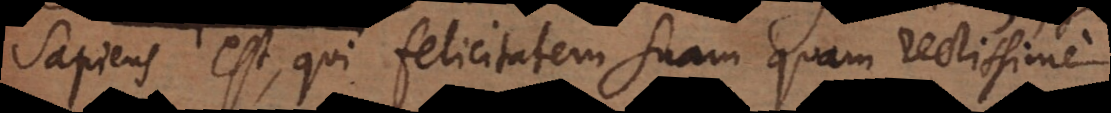
sapiens est, qui felicitatem suam quam rectissime